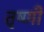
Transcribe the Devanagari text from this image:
तृष्णी